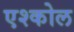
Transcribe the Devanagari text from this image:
एश्कोल